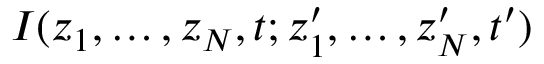
I ( z _ { 1 } , \dots , z _ { N } , t ; z _ { 1 } ^ { \prime } , \dots , z _ { N } ^ { \prime } , t ^ { \prime } )